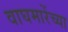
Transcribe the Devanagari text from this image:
वाघमारेंच्या